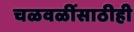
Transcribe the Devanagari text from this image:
चळवळींसाठीही